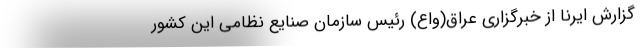
گزارش ایرنا از خبرگزاری عراق(واع) رئیس سازمان صنایع نظامی این کشور